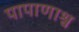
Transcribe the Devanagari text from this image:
पापाणाश्व